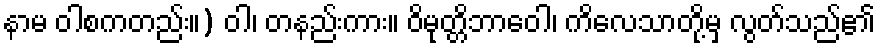
နာမ ဝါစကတည်း။) ဝါ၊ တနည်းကား။ ဝိမုတ္တိဘာဝေါ၊ ကိလေသာတို့မှ လွတ်သည်၏